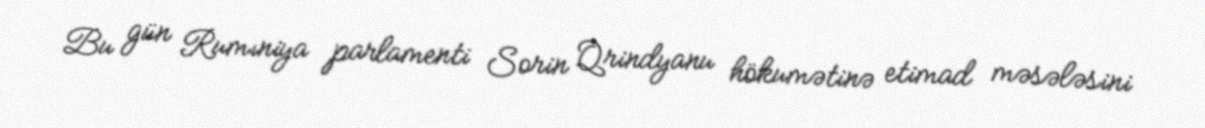
Bu gün Rumıniya parlamenti Sorin Qrindyanu hökumətinə etimad məsələsini